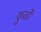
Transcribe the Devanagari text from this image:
कुर्तों